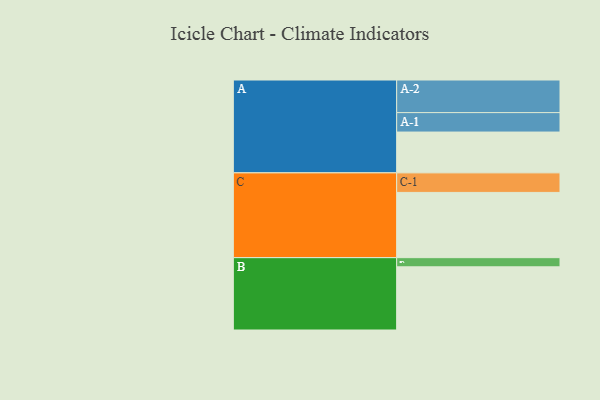
{"axis": {"x": "Segment", "y": "Value"}, "legend": ["", "A", "B", "C"], "data": [{"x": "A", "y": 334, "type": ""}, {"x": "B", "y": 517, "type": ""}, {"x": "C", "y": 534, "type": ""}, {"x": "A-1", "y": 159, "type": "A"}, {"x": "A-2", "y": 267, "type": "A"}, {"x": "B-1", "y": 75, "type": "B"}, {"x": "C-1", "y": 160, "type": "C"}]}